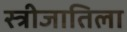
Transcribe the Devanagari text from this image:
स्त्रीजातिला